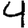
Digit: 4